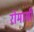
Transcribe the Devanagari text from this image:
रोमासी